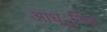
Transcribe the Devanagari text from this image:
आध्ुनिक